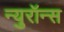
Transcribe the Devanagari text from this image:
न्युरॉन्स